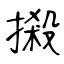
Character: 摋